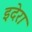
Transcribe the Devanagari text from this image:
इदेरा